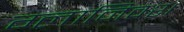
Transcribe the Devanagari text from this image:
ग्लानिवश